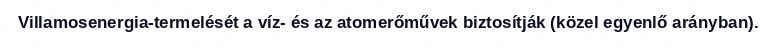
Villamosenergia-termelését a víz- és az atomerőművek biztosítják (közel egyenlő arányban).